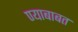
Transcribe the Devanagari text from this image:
ण्याबाबत